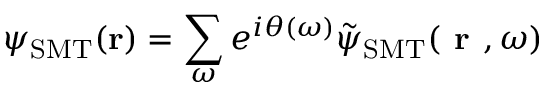
\psi _ { \mathrm { S M T } } ( { \bf r } ) = \sum _ { \omega } e ^ { i \theta ( \omega ) } \Tilde { \psi } _ { \mathrm { S M T } } ( \textbf { r } , \omega )